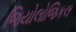
જિયોલોજિકલ